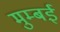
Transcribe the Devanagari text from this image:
मुम्बईं